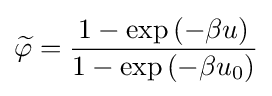
{\widetilde {\varphi }}={\frac {1-\exp {(-\beta u)}}{1-\exp {(-\beta u_{0})}}}